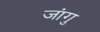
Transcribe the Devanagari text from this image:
जांगु